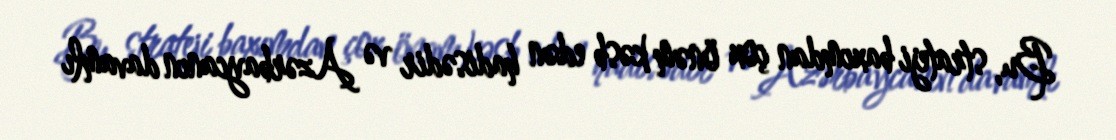
Bu, strateji baxımdan çox önəm kəsb edən hadisədir və Azərbaycanın davamlı